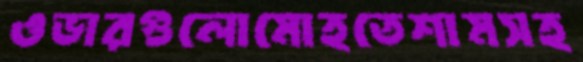
ওভারগুলোমোহতেশামসহ